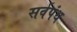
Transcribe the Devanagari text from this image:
सर्वपंथ